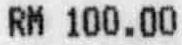
RM 100.00